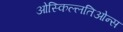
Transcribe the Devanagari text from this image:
ओस्किल्लतिओन्स